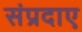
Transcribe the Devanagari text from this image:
संप्रदाए